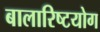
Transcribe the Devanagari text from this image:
बालारिष्टयोग